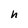
Character: h